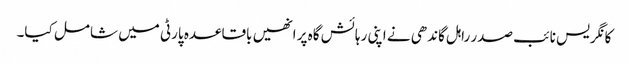
کانگریس نائب صدر راہل گاندھی نے اپنی رہائش گاہ پر انھیں باقاعدہ پارٹی میں شامل کیا۔